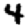
Digit: 4